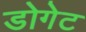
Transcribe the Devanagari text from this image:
डोगेट